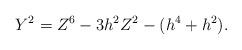
LaTeX: \begin{align*}Y^2=Z^6-3h^2Z^2-(h^4+h^2).\end{align*}